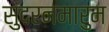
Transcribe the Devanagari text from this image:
सुंदरनमारुम